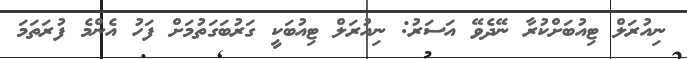
ނިއުރަލް ޓިއުބަށްކުރާ ނޭދެވޭ އަސަރު: ނިއުރަލް ޓިއުބަކީ ގަރުބަގަތުމަށް ފަހު އެންމެ ފުރަތަމަ